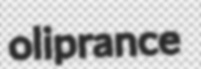
oliprance